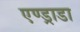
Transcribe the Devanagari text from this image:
एण्ड्राडा